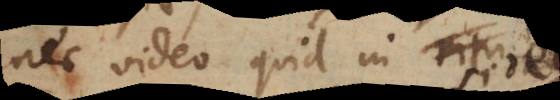
nec video quid in eo